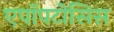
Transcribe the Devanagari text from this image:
एपॉपटोसिस